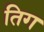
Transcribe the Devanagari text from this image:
तिग